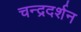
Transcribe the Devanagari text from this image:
चन्द्रदर्शन